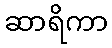
ဆာရိကာ